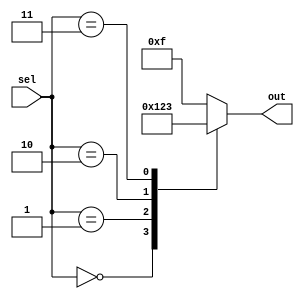
module case_statement(
    input [2:0] sel,
    output reg [3:0] out
);

always @(sel)
begin
    case(sel)
        3'b000: out = 4'b0000;
        3'b001: out = 4'b0001;
        3'b010: out = 4'b0010;
        3'b011: out = 4'b0011;
        default: out = 4'b1111;
    endcase
end

endmodule